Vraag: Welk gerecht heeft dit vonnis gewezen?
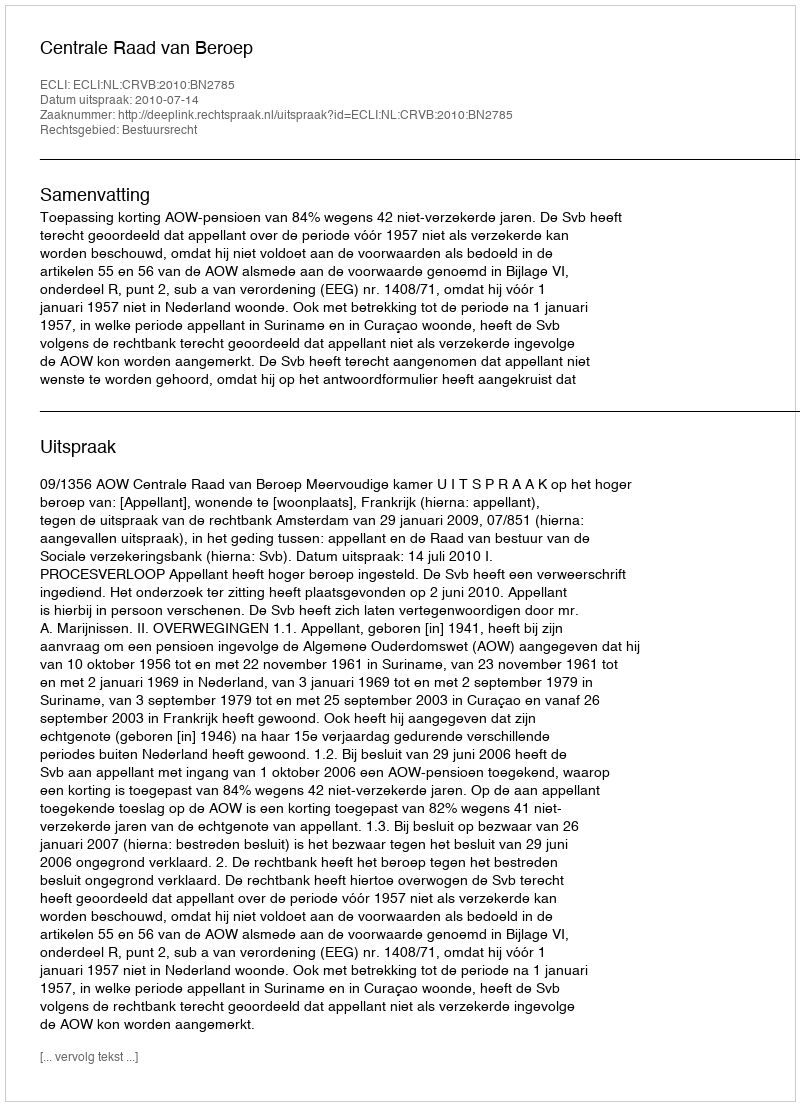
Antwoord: Centrale Raad van Beroep